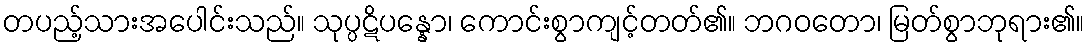
တပည့်သားအပေါင်းသည်။ သုပ္ပဋိပန္နော၊ ကောင်းစွာကျင့်တတ်၏။ ဘဂဝတော၊ မြတ်စွာဘုရား၏။